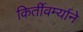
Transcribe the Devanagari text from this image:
किर्तीवर्म्याने